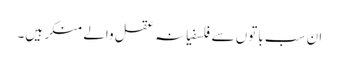
ان سب باتوں سے فلسفیانہ عقل والے منکر ہیں۔